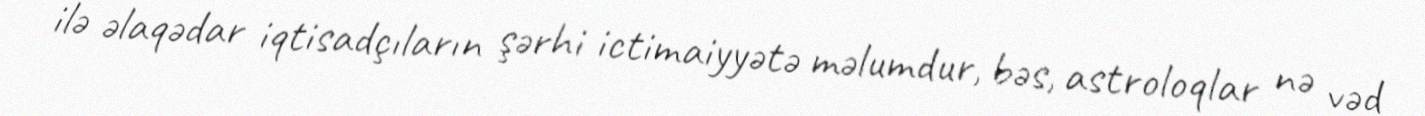
ilə əlaqədar iqtisadçıların şərhi ictimaiyyətə məlumdur, bəs, astroloqlar nə vəd